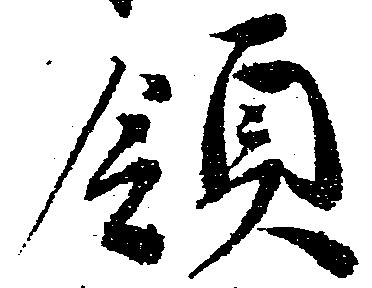
領